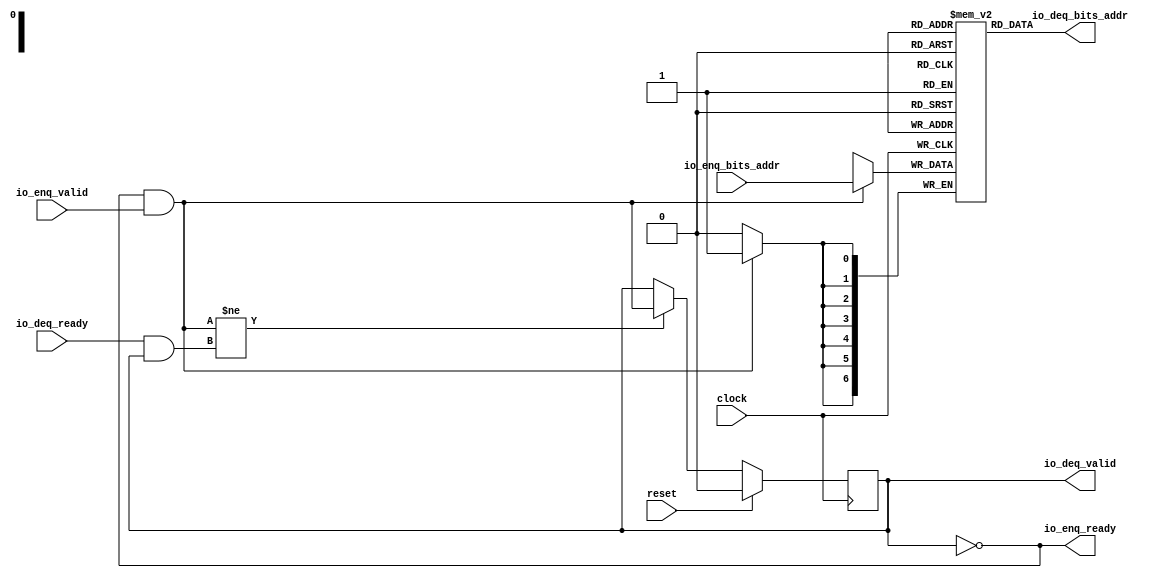
module Queue(
  input        clock,
  input        reset,
  output       io_enq_ready,
  input        io_enq_valid,
  input  [6:0] io_enq_bits_addr,
  input        io_deq_ready,
  output       io_deq_valid,
  output [6:0] io_deq_bits_addr
);
`ifdef RANDOMIZE_MEM_INIT
  reg [31:0] _RAND_0;
`endif // RANDOMIZE_MEM_INIT
`ifdef RANDOMIZE_REG_INIT
  reg [31:0] _RAND_1;
`endif // RANDOMIZE_REG_INIT
  reg [6:0] ram_addr [0:0]; // @[Decoupled.scala 275:95]
  wire  ram_addr_io_deq_bits_MPORT_en; // @[Decoupled.scala 275:95]
  wire  ram_addr_io_deq_bits_MPORT_addr; // @[Decoupled.scala 275:95]
  wire [6:0] ram_addr_io_deq_bits_MPORT_data; // @[Decoupled.scala 275:95]
  wire [6:0] ram_addr_MPORT_data; // @[Decoupled.scala 275:95]
  wire  ram_addr_MPORT_addr; // @[Decoupled.scala 275:95]
  wire  ram_addr_MPORT_mask; // @[Decoupled.scala 275:95]
  wire  ram_addr_MPORT_en; // @[Decoupled.scala 275:95]
  reg  maybe_full; // @[Decoupled.scala 278:27]
  wire  empty = ~maybe_full; // @[Decoupled.scala 280:28]
  wire  do_enq = io_enq_ready & io_enq_valid; // @[Decoupled.scala 52:35]
  wire  do_deq = io_deq_ready & io_deq_valid; // @[Decoupled.scala 52:35]
  assign ram_addr_io_deq_bits_MPORT_en = 1'h1;
  assign ram_addr_io_deq_bits_MPORT_addr = 1'h0;
  assign ram_addr_io_deq_bits_MPORT_data = ram_addr[ram_addr_io_deq_bits_MPORT_addr]; // @[Decoupled.scala 275:95]
  assign ram_addr_MPORT_data = io_enq_bits_addr;
  assign ram_addr_MPORT_addr = 1'h0;
  assign ram_addr_MPORT_mask = 1'h1;
  assign ram_addr_MPORT_en = io_enq_ready & io_enq_valid;
  assign io_enq_ready = ~maybe_full; // @[Decoupled.scala 305:19]
  assign io_deq_valid = ~empty; // @[Decoupled.scala 304:19]
  assign io_deq_bits_addr = ram_addr_io_deq_bits_MPORT_data; // @[Decoupled.scala 312:17]
  always @(posedge clock) begin
    if (ram_addr_MPORT_en & ram_addr_MPORT_mask) begin
      ram_addr[ram_addr_MPORT_addr] <= ram_addr_MPORT_data; // @[Decoupled.scala 275:95]
    end
    if (reset) begin // @[Decoupled.scala 278:27]
      maybe_full <= 1'h0; // @[Decoupled.scala 278:27]
    end else if (do_enq != do_deq) begin // @[Decoupled.scala 295:27]
      maybe_full <= do_enq; // @[Decoupled.scala 296:16]
    end
  end
// Register and memory initialization
`ifdef RANDOMIZE_GARBAGE_ASSIGN
`define RANDOMIZE
`endif
`ifdef RANDOMIZE_INVALID_ASSIGN
`define RANDOMIZE
`endif
`ifdef RANDOMIZE_REG_INIT
`define RANDOMIZE
`endif
`ifdef RANDOMIZE_MEM_INIT
`define RANDOMIZE
`endif
`ifndef RANDOM
`define RANDOM $random
`endif
`ifdef RANDOMIZE_MEM_INIT
  integer initvar;
`endif
`ifndef SYNTHESIS
`ifdef FIRRTL_BEFORE_INITIAL
`FIRRTL_BEFORE_INITIAL
`endif
initial begin
  `ifdef RANDOMIZE
    `ifdef INIT_RANDOM
      `INIT_RANDOM
    `endif
    `ifndef VERILATOR
      `ifdef RANDOMIZE_DELAY
        #`RANDOMIZE_DELAY begin end
      `else
        #0.002 begin end
      `endif
    `endif
`ifdef RANDOMIZE_MEM_INIT
  _RAND_0 = {1{`RANDOM}};
  for (initvar = 0; initvar < 1; initvar = initvar+1)
    ram_addr[initvar] = _RAND_0[6:0];
`endif // RANDOMIZE_MEM_INIT
`ifdef RANDOMIZE_REG_INIT
  _RAND_1 = {1{`RANDOM}};
  maybe_full = _RAND_1[0:0];
`endif // RANDOMIZE_REG_INIT
  `endif // RANDOMIZE
end // initial
`ifdef FIRRTL_AFTER_INITIAL
`FIRRTL_AFTER_INITIAL
`endif
`endif // SYNTHESIS
endmodule
module Queue_1(
  input         clock,
  input         reset,
  output        io_enq_ready,
  input         io_enq_valid,
  input  [63:0] io_enq_bits_data,
  input         io_deq_ready,
  output        io_deq_valid,
  output [63:0] io_deq_bits_data,
  output [1:0]  io_deq_bits_resp
);
`ifdef RANDOMIZE_MEM_INIT
  reg [63:0] _RAND_0;
  reg [31:0] _RAND_1;
`endif // RANDOMIZE_MEM_INIT
`ifdef RANDOMIZE_REG_INIT
  reg [31:0] _RAND_2;
`endif // RANDOMIZE_REG_INIT
  reg [63:0] ram_data [0:0]; // @[Decoupled.scala 275:95]
  wire  ram_data_io_deq_bits_MPORT_en; // @[Decoupled.scala 275:95]
  wire  ram_data_io_deq_bits_MPORT_addr; // @[Decoupled.scala 275:95]
  wire [63:0] ram_data_io_deq_bits_MPORT_data; // @[Decoupled.scala 275:95]
  wire [63:0] ram_data_MPORT_data; // @[Decoupled.scala 275:95]
  wire  ram_data_MPORT_addr; // @[Decoupled.scala 275:95]
  wire  ram_data_MPORT_mask; // @[Decoupled.scala 275:95]
  wire  ram_data_MPORT_en; // @[Decoupled.scala 275:95]
  reg [1:0] ram_resp [0:0]; // @[Decoupled.scala 275:95]
  wire  ram_resp_io_deq_bits_MPORT_en; // @[Decoupled.scala 275:95]
  wire  ram_resp_io_deq_bits_MPORT_addr; // @[Decoupled.scala 275:95]
  wire [1:0] ram_resp_io_deq_bits_MPORT_data; // @[Decoupled.scala 275:95]
  wire [1:0] ram_resp_MPORT_data; // @[Decoupled.scala 275:95]
  wire  ram_resp_MPORT_addr; // @[Decoupled.scala 275:95]
  wire  ram_resp_MPORT_mask; // @[Decoupled.scala 275:95]
  wire  ram_resp_MPORT_en; // @[Decoupled.scala 275:95]
  reg  maybe_full; // @[Decoupled.scala 278:27]
  wire  empty = ~maybe_full; // @[Decoupled.scala 280:28]
  wire  do_enq = io_enq_ready & io_enq_valid; // @[Decoupled.scala 52:35]
  wire  do_deq = io_deq_ready & io_deq_valid; // @[Decoupled.scala 52:35]
  assign ram_data_io_deq_bits_MPORT_en = 1'h1;
  assign ram_data_io_deq_bits_MPORT_addr = 1'h0;
  assign ram_data_io_deq_bits_MPORT_data = ram_data[ram_data_io_deq_bits_MPORT_addr]; // @[Decoupled.scala 275:95]
  assign ram_data_MPORT_data = io_enq_bits_data;
  assign ram_data_MPORT_addr = 1'h0;
  assign ram_data_MPORT_mask = 1'h1;
  assign ram_data_MPORT_en = io_enq_ready & io_enq_valid;
  assign ram_resp_io_deq_bits_MPORT_en = 1'h1;
  assign ram_resp_io_deq_bits_MPORT_addr = 1'h0;
  assign ram_resp_io_deq_bits_MPORT_data = ram_resp[ram_resp_io_deq_bits_MPORT_addr]; // @[Decoupled.scala 275:95]
  assign ram_resp_MPORT_data = 2'h0;
  assign ram_resp_MPORT_addr = 1'h0;
  assign ram_resp_MPORT_mask = 1'h1;
  assign ram_resp_MPORT_en = io_enq_ready & io_enq_valid;
  assign io_enq_ready = ~maybe_full; // @[Decoupled.scala 305:19]
  assign io_deq_valid = ~empty; // @[Decoupled.scala 304:19]
  assign io_deq_bits_data = ram_data_io_deq_bits_MPORT_data; // @[Decoupled.scala 312:17]
  assign io_deq_bits_resp = ram_resp_io_deq_bits_MPORT_data; // @[Decoupled.scala 312:17]
  always @(posedge clock) begin
    if (ram_data_MPORT_en & ram_data_MPORT_mask) begin
      ram_data[ram_data_MPORT_addr] <= ram_data_MPORT_data; // @[Decoupled.scala 275:95]
    end
    if (ram_resp_MPORT_en & ram_resp_MPORT_mask) begin
      ram_resp[ram_resp_MPORT_addr] <= ram_resp_MPORT_data; // @[Decoupled.scala 275:95]
    end
    if (reset) begin // @[Decoupled.scala 278:27]
      maybe_full <= 1'h0; // @[Decoupled.scala 278:27]
    end else if (do_enq != do_deq) begin // @[Decoupled.scala 295:27]
      maybe_full <= do_enq; // @[Decoupled.scala 296:16]
    end
  end
// Register and memory initialization
`ifdef RANDOMIZE_GARBAGE_ASSIGN
`define RANDOMIZE
`endif
`ifdef RANDOMIZE_INVALID_ASSIGN
`define RANDOMIZE
`endif
`ifdef RANDOMIZE_REG_INIT
`define RANDOMIZE
`endif
`ifdef RANDOMIZE_MEM_INIT
`define RANDOMIZE
`endif
`ifndef RANDOM
`define RANDOM $random
`endif
`ifdef RANDOMIZE_MEM_INIT
  integer initvar;
`endif
`ifndef SYNTHESIS
`ifdef FIRRTL_BEFORE_INITIAL
`FIRRTL_BEFORE_INITIAL
`endif
initial begin
  `ifdef RANDOMIZE
    `ifdef INIT_RANDOM
      `INIT_RANDOM
    `endif
    `ifndef VERILATOR
      `ifdef RANDOMIZE_DELAY
        #`RANDOMIZE_DELAY begin end
      `else
        #0.002 begin end
      `endif
    `endif
`ifdef RANDOMIZE_MEM_INIT
  _RAND_0 = {2{`RANDOM}};
  for (initvar = 0; initvar < 1; initvar = initvar+1)
    ram_data[initvar] = _RAND_0[63:0];
  _RAND_1 = {1{`RANDOM}};
  for (initvar = 0; initvar < 1; initvar = initvar+1)
    ram_resp[initvar] = _RAND_1[1:0];
`endif // RANDOMIZE_MEM_INIT
`ifdef RANDOMIZE_REG_INIT
  _RAND_2 = {1{`RANDOM}};
  maybe_full = _RAND_2[0:0];
`endif // RANDOMIZE_REG_INIT
  `endif // RANDOMIZE
end // initial
`ifdef FIRRTL_AFTER_INITIAL
`FIRRTL_AFTER_INITIAL
`endif
`endif // SYNTHESIS
endmodule
module Queue_3(
  input         clock,
  input         reset,
  output        io_enq_ready,
  input         io_enq_valid,
  input  [63:0] io_enq_bits_data,
  input  [7:0]  io_enq_bits_strb,
  input         io_deq_ready,
  output        io_deq_valid,
  output [63:0] io_deq_bits_data,
  output [7:0]  io_deq_bits_strb
);
`ifdef RANDOMIZE_MEM_INIT
  reg [63:0] _RAND_0;
  reg [31:0] _RAND_1;
`endif // RANDOMIZE_MEM_INIT
`ifdef RANDOMIZE_REG_INIT
  reg [31:0] _RAND_2;
`endif // RANDOMIZE_REG_INIT
  reg [63:0] ram_data [0:0]; // @[Decoupled.scala 275:95]
  wire  ram_data_io_deq_bits_MPORT_en; // @[Decoupled.scala 275:95]
  wire  ram_data_io_deq_bits_MPORT_addr; // @[Decoupled.scala 275:95]
  wire [63:0] ram_data_io_deq_bits_MPORT_data; // @[Decoupled.scala 275:95]
  wire [63:0] ram_data_MPORT_data; // @[Decoupled.scala 275:95]
  wire  ram_data_MPORT_addr; // @[Decoupled.scala 275:95]
  wire  ram_data_MPORT_mask; // @[Decoupled.scala 275:95]
  wire  ram_data_MPORT_en; // @[Decoupled.scala 275:95]
  reg [7:0] ram_strb [0:0]; // @[Decoupled.scala 275:95]
  wire  ram_strb_io_deq_bits_MPORT_en; // @[Decoupled.scala 275:95]
  wire  ram_strb_io_deq_bits_MPORT_addr; // @[Decoupled.scala 275:95]
  wire [7:0] ram_strb_io_deq_bits_MPORT_data; // @[Decoupled.scala 275:95]
  wire [7:0] ram_strb_MPORT_data; // @[Decoupled.scala 275:95]
  wire  ram_strb_MPORT_addr; // @[Decoupled.scala 275:95]
  wire  ram_strb_MPORT_mask; // @[Decoupled.scala 275:95]
  wire  ram_strb_MPORT_en; // @[Decoupled.scala 275:95]
  reg  maybe_full; // @[Decoupled.scala 278:27]
  wire  empty = ~maybe_full; // @[Decoupled.scala 280:28]
  wire  do_enq = io_enq_ready & io_enq_valid; // @[Decoupled.scala 52:35]
  wire  do_deq = io_deq_ready & io_deq_valid; // @[Decoupled.scala 52:35]
  assign ram_data_io_deq_bits_MPORT_en = 1'h1;
  assign ram_data_io_deq_bits_MPORT_addr = 1'h0;
  assign ram_data_io_deq_bits_MPORT_data = ram_data[ram_data_io_deq_bits_MPORT_addr]; // @[Decoupled.scala 275:95]
  assign ram_data_MPORT_data = io_enq_bits_data;
  assign ram_data_MPORT_addr = 1'h0;
  assign ram_data_MPORT_mask = 1'h1;
  assign ram_data_MPORT_en = io_enq_ready & io_enq_valid;
  assign ram_strb_io_deq_bits_MPORT_en = 1'h1;
  assign ram_strb_io_deq_bits_MPORT_addr = 1'h0;
  assign ram_strb_io_deq_bits_MPORT_data = ram_strb[ram_strb_io_deq_bits_MPORT_addr]; // @[Decoupled.scala 275:95]
  assign ram_strb_MPORT_data = io_enq_bits_strb;
  assign ram_strb_MPORT_addr = 1'h0;
  assign ram_strb_MPORT_mask = 1'h1;
  assign ram_strb_MPORT_en = io_enq_ready & io_enq_valid;
  assign io_enq_ready = ~maybe_full; // @[Decoupled.scala 305:19]
  assign io_deq_valid = ~empty; // @[Decoupled.scala 304:19]
  assign io_deq_bits_data = ram_data_io_deq_bits_MPORT_data; // @[Decoupled.scala 312:17]
  assign io_deq_bits_strb = ram_strb_io_deq_bits_MPORT_data; // @[Decoupled.scala 312:17]
  always @(posedge clock) begin
    if (ram_data_MPORT_en & ram_data_MPORT_mask) begin
      ram_data[ram_data_MPORT_addr] <= ram_data_MPORT_data; // @[Decoupled.scala 275:95]
    end
    if (ram_strb_MPORT_en & ram_strb_MPORT_mask) begin
      ram_strb[ram_strb_MPORT_addr] <= ram_strb_MPORT_data; // @[Decoupled.scala 275:95]
    end
    if (reset) begin // @[Decoupled.scala 278:27]
      maybe_full <= 1'h0; // @[Decoupled.scala 278:27]
    end else if (do_enq != do_deq) begin // @[Decoupled.scala 295:27]
      maybe_full <= do_enq; // @[Decoupled.scala 296:16]
    end
  end
// Register and memory initialization
`ifdef RANDOMIZE_GARBAGE_ASSIGN
`define RANDOMIZE
`endif
`ifdef RANDOMIZE_INVALID_ASSIGN
`define RANDOMIZE
`endif
`ifdef RANDOMIZE_REG_INIT
`define RANDOMIZE
`endif
`ifdef RANDOMIZE_MEM_INIT
`define RANDOMIZE
`endif
`ifndef RANDOM
`define RANDOM $random
`endif
`ifdef RANDOMIZE_MEM_INIT
  integer initvar;
`endif
`ifndef SYNTHESIS
`ifdef FIRRTL_BEFORE_INITIAL
`FIRRTL_BEFORE_INITIAL
`endif
initial begin
  `ifdef RANDOMIZE
    `ifdef INIT_RANDOM
      `INIT_RANDOM
    `endif
    `ifndef VERILATOR
      `ifdef RANDOMIZE_DELAY
        #`RANDOMIZE_DELAY begin end
      `else
        #0.002 begin end
      `endif
    `endif
`ifdef RANDOMIZE_MEM_INIT
  _RAND_0 = {2{`RANDOM}};
  for (initvar = 0; initvar < 1; initvar = initvar+1)
    ram_data[initvar] = _RAND_0[63:0];
  _RAND_1 = {1{`RANDOM}};
  for (initvar = 0; initvar < 1; initvar = initvar+1)
    ram_strb[initvar] = _RAND_1[7:0];
`endif // RANDOMIZE_MEM_INIT
`ifdef RANDOMIZE_REG_INIT
  _RAND_2 = {1{`RANDOM}};
  maybe_full = _RAND_2[0:0];
`endif // RANDOMIZE_REG_INIT
  `endif // RANDOMIZE
end // initial
`ifdef FIRRTL_AFTER_INITIAL
`FIRRTL_AFTER_INITIAL
`endif
`endif // SYNTHESIS
endmodule
module Queue_4(
  input        clock,
  input        reset,
  output       io_enq_ready,
  input        io_enq_valid,
  input        io_deq_ready,
  output       io_deq_valid,
  output [1:0] io_deq_bits_resp
);
`ifdef RANDOMIZE_MEM_INIT
  reg [31:0] _RAND_0;
`endif // RANDOMIZE_MEM_INIT
`ifdef RANDOMIZE_REG_INIT
  reg [31:0] _RAND_1;
`endif // RANDOMIZE_REG_INIT
  reg [1:0] ram_resp [0:0]; // @[Decoupled.scala 275:95]
  wire  ram_resp_io_deq_bits_MPORT_en; // @[Decoupled.scala 275:95]
  wire  ram_resp_io_deq_bits_MPORT_addr; // @[Decoupled.scala 275:95]
  wire [1:0] ram_resp_io_deq_bits_MPORT_data; // @[Decoupled.scala 275:95]
  wire [1:0] ram_resp_MPORT_data; // @[Decoupled.scala 275:95]
  wire  ram_resp_MPORT_addr; // @[Decoupled.scala 275:95]
  wire  ram_resp_MPORT_mask; // @[Decoupled.scala 275:95]
  wire  ram_resp_MPORT_en; // @[Decoupled.scala 275:95]
  reg  maybe_full; // @[Decoupled.scala 278:27]
  wire  empty = ~maybe_full; // @[Decoupled.scala 280:28]
  wire  do_enq = io_enq_ready & io_enq_valid; // @[Decoupled.scala 52:35]
  wire  do_deq = io_deq_ready & io_deq_valid; // @[Decoupled.scala 52:35]
  assign ram_resp_io_deq_bits_MPORT_en = 1'h1;
  assign ram_resp_io_deq_bits_MPORT_addr = 1'h0;
  assign ram_resp_io_deq_bits_MPORT_data = ram_resp[ram_resp_io_deq_bits_MPORT_addr]; // @[Decoupled.scala 275:95]
  assign ram_resp_MPORT_data = 2'h0;
  assign ram_resp_MPORT_addr = 1'h0;
  assign ram_resp_MPORT_mask = 1'h1;
  assign ram_resp_MPORT_en = io_enq_ready & io_enq_valid;
  assign io_enq_ready = ~maybe_full; // @[Decoupled.scala 305:19]
  assign io_deq_valid = ~empty; // @[Decoupled.scala 304:19]
  assign io_deq_bits_resp = ram_resp_io_deq_bits_MPORT_data; // @[Decoupled.scala 312:17]
  always @(posedge clock) begin
    if (ram_resp_MPORT_en & ram_resp_MPORT_mask) begin
      ram_resp[ram_resp_MPORT_addr] <= ram_resp_MPORT_data; // @[Decoupled.scala 275:95]
    end
    if (reset) begin // @[Decoupled.scala 278:27]
      maybe_full <= 1'h0; // @[Decoupled.scala 278:27]
    end else if (do_enq != do_deq) begin // @[Decoupled.scala 295:27]
      maybe_full <= do_enq; // @[Decoupled.scala 296:16]
    end
  end
// Register and memory initialization
`ifdef RANDOMIZE_GARBAGE_ASSIGN
`define RANDOMIZE
`endif
`ifdef RANDOMIZE_INVALID_ASSIGN
`define RANDOMIZE
`endif
`ifdef RANDOMIZE_REG_INIT
`define RANDOMIZE
`endif
`ifdef RANDOMIZE_MEM_INIT
`define RANDOMIZE
`endif
`ifndef RANDOM
`define RANDOM $random
`endif
`ifdef RANDOMIZE_MEM_INIT
  integer initvar;
`endif
`ifndef SYNTHESIS
`ifdef FIRRTL_BEFORE_INITIAL
`FIRRTL_BEFORE_INITIAL
`endif
initial begin
  `ifdef RANDOMIZE
    `ifdef INIT_RANDOM
      `INIT_RANDOM
    `endif
    `ifndef VERILATOR
      `ifdef RANDOMIZE_DELAY
        #`RANDOMIZE_DELAY begin end
      `else
        #0.002 begin end
      `endif
    `endif
`ifdef RANDOMIZE_MEM_INIT
  _RAND_0 = {1{`RANDOM}};
  for (initvar = 0; initvar < 1; initvar = initvar+1)
    ram_resp[initvar] = _RAND_0[1:0];
`endif // RANDOMIZE_MEM_INIT
`ifdef RANDOMIZE_REG_INIT
  _RAND_1 = {1{`RANDOM}};
  maybe_full = _RAND_1[0:0];
`endif // RANDOMIZE_REG_INIT
  `endif // RANDOMIZE
end // initial
`ifdef FIRRTL_AFTER_INITIAL
`FIRRTL_AFTER_INITIAL
`endif
`endif // SYNTHESIS
endmodule
module DMA(
  input         clock,
  input         reset,
  output        s_axi_ar_ready,
  input         s_axi_ar_valid,
  input  [6:0]  s_axi_ar_bits_addr,
  input         s_axi_r_ready,
  output        s_axi_r_valid,
  output [63:0] s_axi_r_bits_data,
  output [1:0]  s_axi_r_bits_resp,
  output        s_axi_aw_ready,
  input         s_axi_aw_valid,
  input  [6:0]  s_axi_aw_bits_addr,
  output        s_axi_w_ready,
  input         s_axi_w_valid,
  input  [63:0] s_axi_w_bits_data,
  input  [7:0]  s_axi_w_bits_strb,
  input         s_axi_b_ready,
  output        s_axi_b_valid,
  output [1:0]  s_axi_b_bits_resp,
  input         m_axi_ar_ready,
  output        m_axi_ar_valid,
  output [31:0] m_axi_ar_bits_addr,
  output        m_axi_r_ready,
  input         m_axi_r_valid,
  input  [63:0] m_axi_r_bits_data,
  input         m_axi_aw_ready,
  output        m_axi_aw_valid,
  output [31:0] m_axi_aw_bits_addr,
  input         m_axi_w_ready,
  output        m_axi_w_valid,
  output [63:0] m_axi_w_bits_data
);
`ifdef RANDOMIZE_REG_INIT
  reg [31:0] _RAND_0;
  reg [63:0] _RAND_1;
  reg [63:0] _RAND_2;
  reg [63:0] _RAND_3;
  reg [31:0] _RAND_4;
  reg [31:0] _RAND_5;
  reg [63:0] _RAND_6;
  reg [63:0] _RAND_7;
`endif // RANDOMIZE_REG_INIT
  wire  regBlock_rdReq__deq_clock; // @[Decoupled.scala 377:21]
  wire  regBlock_rdReq__deq_reset; // @[Decoupled.scala 377:21]
  wire  regBlock_rdReq__deq_io_enq_ready; // @[Decoupled.scala 377:21]
  wire  regBlock_rdReq__deq_io_enq_valid; // @[Decoupled.scala 377:21]
  wire [6:0] regBlock_rdReq__deq_io_enq_bits_addr; // @[Decoupled.scala 377:21]
  wire  regBlock_rdReq__deq_io_deq_ready; // @[Decoupled.scala 377:21]
  wire  regBlock_rdReq__deq_io_deq_valid; // @[Decoupled.scala 377:21]
  wire [6:0] regBlock_rdReq__deq_io_deq_bits_addr; // @[Decoupled.scala 377:21]
  wire  regBlock_rdRespQueue__clock; // @[RegisterBlock.scala 166:36]
  wire  regBlock_rdRespQueue__reset; // @[RegisterBlock.scala 166:36]
  wire  regBlock_rdRespQueue__io_enq_ready; // @[RegisterBlock.scala 166:36]
  wire  regBlock_rdRespQueue__io_enq_valid; // @[RegisterBlock.scala 166:36]
  wire [63:0] regBlock_rdRespQueue__io_enq_bits_data; // @[RegisterBlock.scala 166:36]
  wire  regBlock_rdRespQueue__io_deq_ready; // @[RegisterBlock.scala 166:36]
  wire  regBlock_rdRespQueue__io_deq_valid; // @[RegisterBlock.scala 166:36]
  wire [63:0] regBlock_rdRespQueue__io_deq_bits_data; // @[RegisterBlock.scala 166:36]
  wire [1:0] regBlock_rdRespQueue__io_deq_bits_resp; // @[RegisterBlock.scala 166:36]
  wire  regBlock_wrReq__deq_clock; // @[Decoupled.scala 377:21]
  wire  regBlock_wrReq__deq_reset; // @[Decoupled.scala 377:21]
  wire  regBlock_wrReq__deq_io_enq_ready; // @[Decoupled.scala 377:21]
  wire  regBlock_wrReq__deq_io_enq_valid; // @[Decoupled.scala 377:21]
  wire [6:0] regBlock_wrReq__deq_io_enq_bits_addr; // @[Decoupled.scala 377:21]
  wire  regBlock_wrReq__deq_io_deq_ready; // @[Decoupled.scala 377:21]
  wire  regBlock_wrReq__deq_io_deq_valid; // @[Decoupled.scala 377:21]
  wire [6:0] regBlock_wrReq__deq_io_deq_bits_addr; // @[Decoupled.scala 377:21]
  wire  regBlock_wrReqData__deq_clock; // @[Decoupled.scala 377:21]
  wire  regBlock_wrReqData__deq_reset; // @[Decoupled.scala 377:21]
  wire  regBlock_wrReqData__deq_io_enq_ready; // @[Decoupled.scala 377:21]
  wire  regBlock_wrReqData__deq_io_enq_valid; // @[Decoupled.scala 377:21]
  wire [63:0] regBlock_wrReqData__deq_io_enq_bits_data; // @[Decoupled.scala 377:21]
  wire [7:0] regBlock_wrReqData__deq_io_enq_bits_strb; // @[Decoupled.scala 377:21]
  wire  regBlock_wrReqData__deq_io_deq_ready; // @[Decoupled.scala 377:21]
  wire  regBlock_wrReqData__deq_io_deq_valid; // @[Decoupled.scala 377:21]
  wire [63:0] regBlock_wrReqData__deq_io_deq_bits_data; // @[Decoupled.scala 377:21]
  wire [7:0] regBlock_wrReqData__deq_io_deq_bits_strb; // @[Decoupled.scala 377:21]
  wire  regBlock_wrRespQueue__clock; // @[RegisterBlock.scala 174:36]
  wire  regBlock_wrRespQueue__reset; // @[RegisterBlock.scala 174:36]
  wire  regBlock_wrRespQueue__io_enq_ready; // @[RegisterBlock.scala 174:36]
  wire  regBlock_wrRespQueue__io_enq_valid; // @[RegisterBlock.scala 174:36]
  wire  regBlock_wrRespQueue__io_deq_ready; // @[RegisterBlock.scala 174:36]
  wire  regBlock_wrRespQueue__io_deq_valid; // @[RegisterBlock.scala 174:36]
  wire [1:0] regBlock_wrRespQueue__io_deq_bits_resp; // @[RegisterBlock.scala 174:36]
  wire  regBlock_rdReq__valid = regBlock_rdReq__deq_io_deq_valid; // @[Decoupled.scala 417:19 419:15]
  wire  regBlock_rdReq = regBlock_rdReq__valid & regBlock_rdRespQueue__io_enq_ready; // @[RegisterBlock.scala 220:44]
  wire [6:0] regBlock_rdReq__bits_addr = regBlock_rdReq__deq_io_deq_bits_addr; // @[Decoupled.scala 417:19 418:14]
  wire [6:0] regBlock_rdAddr = regBlock_rdReq__bits_addr & 7'h78; // @[RegisterBlock.scala 222:48]
  wire  regBlock_wrReq__valid = regBlock_wrReq__deq_io_deq_valid; // @[Decoupled.scala 417:19 419:15]
  wire  regBlock_wrReqData__valid = regBlock_wrReqData__deq_io_deq_valid; // @[Decoupled.scala 417:19 419:15]
  wire  regBlock_wrReq = regBlock_wrReq__valid & regBlock_wrReqData__valid & regBlock_wrRespQueue__io_enq_ready; // @[RegisterBlock.scala 249:63]
  wire [6:0] regBlock_wrReq__bits_addr = regBlock_wrReq__deq_io_deq_bits_addr; // @[Decoupled.scala 417:19 418:14]
  wire [6:0] regBlock_wrAddr = regBlock_wrReq__bits_addr & 7'h78; // @[RegisterBlock.scala 251:48]
  reg  status_; // @[DMA.scala 40:32]
  reg [63:0] source_; // @[DMA.scala 43:32]
  reg [63:0] destination_; // @[DMA.scala 46:37]
  reg [63:0] length_; // @[DMA.scala 49:32]
  reg [31:0] currentSource_; // @[DMA.scala 52:35]
  reg [31:0] currentDestination_; // @[DMA.scala 53:40]
  reg [63:0] currentRLength_; // @[DMA.scala 54:40]
  reg [63:0] currentWLength_; // @[DMA.scala 55:40]
  wire  paused = ~status_; // @[DMA.scala 63:24]
  wire [63:0] _GEN_0 = regBlock_wrAddr == 7'h0 ? source_ : {{32'd0}, currentSource_}; // @[DMA.scala 67:45 68:24 52:35]
  wire [63:0] _GEN_1 = regBlock_wrAddr == 7'h0 ? destination_ : {{32'd0}, currentDestination_}; // @[DMA.scala 67:45 69:29 53:40]
  wire [63:0] _GEN_2 = regBlock_wrAddr == 7'h0 ? length_ : currentRLength_; // @[DMA.scala 67:45 70:25 54:40]
  wire [63:0] _GEN_3 = regBlock_wrAddr == 7'h0 ? length_ : currentWLength_; // @[DMA.scala 67:45 71:25 55:40]
  wire  _GEN_4 = regBlock_wrAddr == 7'h0 | status_; // @[DMA.scala 67:45 72:17 40:32]
  wire [7:0] regBlock_wrReqData__bits_strb = regBlock_wrReqData__deq_io_deq_bits_strb; // @[Decoupled.scala 417:19 418:14]
  wire [63:0] regBlock_wrReqData__bits_data = regBlock_wrReqData__deq_io_deq_bits_data; // @[Decoupled.scala 417:19 418:14]
  wire [7:0] command__byte_wdata = regBlock_wrReqData__bits_data[7:0]; // @[Interface.scala 263:33]
  wire [7:0] command__byte_wdata_1 = regBlock_wrReqData__bits_data[15:8]; // @[Interface.scala 263:33]
  wire [7:0] command__byte_wdata_2 = regBlock_wrReqData__bits_data[23:16]; // @[Interface.scala 263:33]
  wire [7:0] command__byte_wdata_3 = regBlock_wrReqData__bits_data[31:24]; // @[Interface.scala 263:33]
  wire [7:0] command__byte_wdata_4 = regBlock_wrReqData__bits_data[39:32]; // @[Interface.scala 263:33]
  wire [7:0] command__byte_wdata_5 = regBlock_wrReqData__bits_data[47:40]; // @[Interface.scala 263:33]
  wire [7:0] command__byte_wdata_6 = regBlock_wrReqData__bits_data[55:48]; // @[Interface.scala 263:33]
  wire [7:0] command__byte_wdata_7 = regBlock_wrReqData__bits_data[63:56]; // @[Interface.scala 263:33]
  wire [7:0] source__byte_original = source_[7:0]; // @[Interface.scala 264:39]
  wire [7:0] _source__T_8 = regBlock_wrReqData__bits_strb[0] ? command__byte_wdata : source__byte_original; // @[Interface.scala 265:14]
  wire [7:0] source__byte_original_1 = source_[15:8]; // @[Interface.scala 264:39]
  wire [7:0] _source__T_9 = regBlock_wrReqData__bits_strb[1] ? command__byte_wdata_1 : source__byte_original_1; // @[Interface.scala 265:14]
  wire [7:0] source__byte_original_2 = source_[23:16]; // @[Interface.scala 264:39]
  wire [7:0] _source__T_10 = regBlock_wrReqData__bits_strb[2] ? command__byte_wdata_2 : source__byte_original_2; // @[Interface.scala 265:14]
  wire [7:0] source__byte_original_3 = source_[31:24]; // @[Interface.scala 264:39]
  wire [7:0] _source__T_11 = regBlock_wrReqData__bits_strb[3] ? command__byte_wdata_3 : source__byte_original_3; // @[Interface.scala 265:14]
  wire [7:0] source__byte_original_4 = source_[39:32]; // @[Interface.scala 264:39]
  wire [7:0] _source__T_12 = regBlock_wrReqData__bits_strb[4] ? command__byte_wdata_4 : source__byte_original_4; // @[Interface.scala 265:14]
  wire [7:0] source__byte_original_5 = source_[47:40]; // @[Interface.scala 264:39]
  wire [7:0] _source__T_13 = regBlock_wrReqData__bits_strb[5] ? command__byte_wdata_5 : source__byte_original_5; // @[Interface.scala 265:14]
  wire [7:0] source__byte_original_6 = source_[55:48]; // @[Interface.scala 264:39]
  wire [7:0] _source__T_14 = regBlock_wrReqData__bits_strb[6] ? command__byte_wdata_6 : source__byte_original_6; // @[Interface.scala 265:14]
  wire [7:0] source__byte_original_7 = source_[63:56]; // @[Interface.scala 264:39]
  wire [7:0] _source__T_15 = regBlock_wrReqData__bits_strb[7] ? command__byte_wdata_7 : source__byte_original_7; // @[Interface.scala 265:14]
  wire [63:0] _source__T_16 = {_source__T_15,_source__T_14,_source__T_13,_source__T_12,_source__T_11,_source__T_10,
    _source__T_9,_source__T_8}; // @[Interface.scala 268:7]
  wire [7:0] destination__byte_original = destination_[7:0]; // @[Interface.scala 264:39]
  wire [7:0] _destination__T_8 = regBlock_wrReqData__bits_strb[0] ? command__byte_wdata : destination__byte_original; // @[Interface.scala 265:14]
  wire [7:0] destination__byte_original_1 = destination_[15:8]; // @[Interface.scala 264:39]
  wire [7:0] _destination__T_9 = regBlock_wrReqData__bits_strb[1] ? command__byte_wdata_1 : destination__byte_original_1
    ; // @[Interface.scala 265:14]
  wire [7:0] destination__byte_original_2 = destination_[23:16]; // @[Interface.scala 264:39]
  wire [7:0] _destination__T_10 = regBlock_wrReqData__bits_strb[2] ? command__byte_wdata_2 :
    destination__byte_original_2; // @[Interface.scala 265:14]
  wire [7:0] destination__byte_original_3 = destination_[31:24]; // @[Interface.scala 264:39]
  wire [7:0] _destination__T_11 = regBlock_wrReqData__bits_strb[3] ? command__byte_wdata_3 :
    destination__byte_original_3; // @[Interface.scala 265:14]
  wire [7:0] destination__byte_original_4 = destination_[39:32]; // @[Interface.scala 264:39]
  wire [7:0] _destination__T_12 = regBlock_wrReqData__bits_strb[4] ? command__byte_wdata_4 :
    destination__byte_original_4; // @[Interface.scala 265:14]
  wire [7:0] destination__byte_original_5 = destination_[47:40]; // @[Interface.scala 264:39]
  wire [7:0] _destination__T_13 = regBlock_wrReqData__bits_strb[5] ? command__byte_wdata_5 :
    destination__byte_original_5; // @[Interface.scala 265:14]
  wire [7:0] destination__byte_original_6 = destination_[55:48]; // @[Interface.scala 264:39]
  wire [7:0] _destination__T_14 = regBlock_wrReqData__bits_strb[6] ? command__byte_wdata_6 :
    destination__byte_original_6; // @[Interface.scala 265:14]
  wire [7:0] destination__byte_original_7 = destination_[63:56]; // @[Interface.scala 264:39]
  wire [7:0] _destination__T_15 = regBlock_wrReqData__bits_strb[7] ? command__byte_wdata_7 :
    destination__byte_original_7; // @[Interface.scala 265:14]
  wire [63:0] _destination__T_16 = {_destination__T_15,_destination__T_14,_destination__T_13,_destination__T_12,
    _destination__T_11,_destination__T_10,_destination__T_9,_destination__T_8}; // @[Interface.scala 268:7]
  wire [7:0] length__byte_original = length_[7:0]; // @[Interface.scala 264:39]
  wire [7:0] _length__T_8 = regBlock_wrReqData__bits_strb[0] ? command__byte_wdata : length__byte_original; // @[Interface.scala 265:14]
  wire [7:0] length__byte_original_1 = length_[15:8]; // @[Interface.scala 264:39]
  wire [7:0] _length__T_9 = regBlock_wrReqData__bits_strb[1] ? command__byte_wdata_1 : length__byte_original_1; // @[Interface.scala 265:14]
  wire [7:0] length__byte_original_2 = length_[23:16]; // @[Interface.scala 264:39]
  wire [7:0] _length__T_10 = regBlock_wrReqData__bits_strb[2] ? command__byte_wdata_2 : length__byte_original_2; // @[Interface.scala 265:14]
  wire [7:0] length__byte_original_3 = length_[31:24]; // @[Interface.scala 264:39]
  wire [7:0] _length__T_11 = regBlock_wrReqData__bits_strb[3] ? command__byte_wdata_3 : length__byte_original_3; // @[Interface.scala 265:14]
  wire [7:0] length__byte_original_4 = length_[39:32]; // @[Interface.scala 264:39]
  wire [7:0] _length__T_12 = regBlock_wrReqData__bits_strb[4] ? command__byte_wdata_4 : length__byte_original_4; // @[Interface.scala 265:14]
  wire [7:0] length__byte_original_5 = length_[47:40]; // @[Interface.scala 264:39]
  wire [7:0] _length__T_13 = regBlock_wrReqData__bits_strb[5] ? command__byte_wdata_5 : length__byte_original_5; // @[Interface.scala 265:14]
  wire [7:0] length__byte_original_6 = length_[55:48]; // @[Interface.scala 264:39]
  wire [7:0] _length__T_14 = regBlock_wrReqData__bits_strb[6] ? command__byte_wdata_6 : length__byte_original_6; // @[Interface.scala 265:14]
  wire [7:0] length__byte_original_7 = length_[63:56]; // @[Interface.scala 264:39]
  wire [7:0] _length__T_15 = regBlock_wrReqData__bits_strb[7] ? command__byte_wdata_7 : length__byte_original_7; // @[Interface.scala 265:14]
  wire [63:0] _length__T_16 = {_length__T_15,_length__T_14,_length__T_13,_length__T_12,_length__T_11,_length__T_10,
    _length__T_9,_length__T_8}; // @[Interface.scala 268:7]
  wire  _T_7 = ~reset; // @[RegisterBlock.scala 208:11]
  wire [63:0] _GEN_9 = paused ? _GEN_0 : {{32'd0}, currentSource_}; // @[DMA.scala 66:18 52:35]
  wire [63:0] _GEN_10 = paused ? _GEN_1 : {{32'd0}, currentDestination_}; // @[DMA.scala 66:18 53:40]
  wire [63:0] _GEN_11 = paused ? _GEN_2 : currentRLength_; // @[DMA.scala 66:18 54:40]
  wire [63:0] _GEN_12 = paused ? _GEN_3 : currentWLength_; // @[DMA.scala 66:18 55:40]
  wire  _GEN_13 = paused ? _GEN_4 : status_; // @[DMA.scala 66:18 40:32]
  wire [63:0] _GEN_20 = regBlock_wrReq ? _GEN_9 : {{32'd0}, currentSource_}; // @[DMA.scala 65:25 52:35]
  wire [63:0] _GEN_21 = regBlock_wrReq ? _GEN_10 : {{32'd0}, currentDestination_}; // @[DMA.scala 65:25 53:40]
  wire [63:0] _GEN_22 = regBlock_wrReq ? _GEN_11 : currentRLength_; // @[DMA.scala 65:25 54:40]
  wire [63:0] _GEN_23 = regBlock_wrReq ? _GEN_12 : currentWLength_; // @[DMA.scala 65:25 55:40]
  wire  _GEN_24 = regBlock_wrReq ? _GEN_13 : status_; // @[DMA.scala 65:25 40:32]
  wire  regBlock_wrReq__ready = regBlock_wrReq & paused; // @[DMA.scala 65:25 Decoupled.scala 90:20]
  wire [63:0] _GEN_32 = 7'h8 == regBlock_rdAddr ? {{63'd0}, status_} : 64'hffffffffffffffff; // @[RegisterBlock.scala 232:38 233:16]
  wire [63:0] _GEN_33 = 7'h10 == regBlock_rdAddr ? source_ : _GEN_32; // @[RegisterBlock.scala 232:38 233:16]
  wire [63:0] _GEN_34 = 7'h18 == regBlock_rdAddr ? destination_ : _GEN_33; // @[RegisterBlock.scala 232:38 233:16]
  wire [31:0] _currentSource__T_1 = currentSource_ + 32'h4; // @[DMA.scala 98:40]
  wire [63:0] _currentRLength__T_1 = currentRLength_ - 64'h1; // @[DMA.scala 99:42]
  wire [63:0] _GEN_39 = m_axi_ar_ready & currentRLength_ != 64'h0 ? {{32'd0}, _currentSource__T_1} : _GEN_20; // @[DMA.scala 97:52 98:22]
  wire [31:0] _currentDestination__T_1 = currentDestination_ + 32'h4; // @[DMA.scala 109:50]
  wire [63:0] _currentWLength__T_1 = currentWLength_ - 64'h1; // @[DMA.scala 110:42]
  wire [63:0] _GEN_41 = m_axi_aw_ready & currentWLength_ != 64'h0 ? {{32'd0}, _currentDestination__T_1} : _GEN_21; // @[DMA.scala 108:52 109:27]
  wire  _T_22 = m_axi_r_valid & m_axi_w_ready; // @[DMA.scala 113:24]
  wire [63:0] _GEN_51 = ~paused ? _GEN_39 : _GEN_20; // @[DMA.scala 90:17]
  wire [63:0] _GEN_55 = ~paused ? _GEN_41 : _GEN_21; // @[DMA.scala 90:17]
  Queue regBlock_rdReq__deq ( // @[Decoupled.scala 377:21]
    .clock(regBlock_rdReq__deq_clock),
    .reset(regBlock_rdReq__deq_reset),
    .io_enq_ready(regBlock_rdReq__deq_io_enq_ready),
    .io_enq_valid(regBlock_rdReq__deq_io_enq_valid),
    .io_enq_bits_addr(regBlock_rdReq__deq_io_enq_bits_addr),
    .io_deq_ready(regBlock_rdReq__deq_io_deq_ready),
    .io_deq_valid(regBlock_rdReq__deq_io_deq_valid),
    .io_deq_bits_addr(regBlock_rdReq__deq_io_deq_bits_addr)
  );
  Queue_1 regBlock_rdRespQueue_ ( // @[RegisterBlock.scala 166:36]
    .clock(regBlock_rdRespQueue__clock),
    .reset(regBlock_rdRespQueue__reset),
    .io_enq_ready(regBlock_rdRespQueue__io_enq_ready),
    .io_enq_valid(regBlock_rdRespQueue__io_enq_valid),
    .io_enq_bits_data(regBlock_rdRespQueue__io_enq_bits_data),
    .io_deq_ready(regBlock_rdRespQueue__io_deq_ready),
    .io_deq_valid(regBlock_rdRespQueue__io_deq_valid),
    .io_deq_bits_data(regBlock_rdRespQueue__io_deq_bits_data),
    .io_deq_bits_resp(regBlock_rdRespQueue__io_deq_bits_resp)
  );
  Queue regBlock_wrReq__deq ( // @[Decoupled.scala 377:21]
    .clock(regBlock_wrReq__deq_clock),
    .reset(regBlock_wrReq__deq_reset),
    .io_enq_ready(regBlock_wrReq__deq_io_enq_ready),
    .io_enq_valid(regBlock_wrReq__deq_io_enq_valid),
    .io_enq_bits_addr(regBlock_wrReq__deq_io_enq_bits_addr),
    .io_deq_ready(regBlock_wrReq__deq_io_deq_ready),
    .io_deq_valid(regBlock_wrReq__deq_io_deq_valid),
    .io_deq_bits_addr(regBlock_wrReq__deq_io_deq_bits_addr)
  );
  Queue_3 regBlock_wrReqData__deq ( // @[Decoupled.scala 377:21]
    .clock(regBlock_wrReqData__deq_clock),
    .reset(regBlock_wrReqData__deq_reset),
    .io_enq_ready(regBlock_wrReqData__deq_io_enq_ready),
    .io_enq_valid(regBlock_wrReqData__deq_io_enq_valid),
    .io_enq_bits_data(regBlock_wrReqData__deq_io_enq_bits_data),
    .io_enq_bits_strb(regBlock_wrReqData__deq_io_enq_bits_strb),
    .io_deq_ready(regBlock_wrReqData__deq_io_deq_ready),
    .io_deq_valid(regBlock_wrReqData__deq_io_deq_valid),
    .io_deq_bits_data(regBlock_wrReqData__deq_io_deq_bits_data),
    .io_deq_bits_strb(regBlock_wrReqData__deq_io_deq_bits_strb)
  );
  Queue_4 regBlock_wrRespQueue_ ( // @[RegisterBlock.scala 174:36]
    .clock(regBlock_wrRespQueue__clock),
    .reset(regBlock_wrRespQueue__reset),
    .io_enq_ready(regBlock_wrRespQueue__io_enq_ready),
    .io_enq_valid(regBlock_wrRespQueue__io_enq_valid),
    .io_deq_ready(regBlock_wrRespQueue__io_deq_ready),
    .io_deq_valid(regBlock_wrRespQueue__io_deq_valid),
    .io_deq_bits_resp(regBlock_wrRespQueue__io_deq_bits_resp)
  );
  assign s_axi_ar_ready = regBlock_rdReq__deq_io_enq_ready; // @[Decoupled.scala 381:17 RegisterBlock.scala 59:20]
  assign s_axi_r_valid = regBlock_rdRespQueue__io_deq_valid; // @[RegisterBlock.scala 168:12 59:20]
  assign s_axi_r_bits_data = regBlock_rdRespQueue__io_deq_bits_data; // @[RegisterBlock.scala 168:12 59:20]
  assign s_axi_r_bits_resp = regBlock_rdRespQueue__io_deq_bits_resp; // @[RegisterBlock.scala 168:12 59:20]
  assign s_axi_aw_ready = regBlock_wrReq__deq_io_enq_ready; // @[Decoupled.scala 381:17 RegisterBlock.scala 59:20]
  assign s_axi_w_ready = regBlock_wrReqData__deq_io_enq_ready; // @[Decoupled.scala 381:17 RegisterBlock.scala 59:20]
  assign s_axi_b_valid = regBlock_wrRespQueue__io_deq_valid; // @[RegisterBlock.scala 176:12 59:20]
  assign s_axi_b_bits_resp = regBlock_wrRespQueue__io_deq_bits_resp; // @[RegisterBlock.scala 176:12 59:20]
  assign m_axi_ar_valid = ~paused; // @[DMA.scala 90:8]
  assign m_axi_ar_bits_addr = currentSource_; // @[DMA.scala 92:20 93:15]
  assign m_axi_r_ready = ~paused & _T_22; // @[DMA.scala 90:17 Decoupled.scala 90:20]
  assign m_axi_aw_valid = ~paused; // @[DMA.scala 90:8]
  assign m_axi_aw_bits_addr = currentDestination_; // @[DMA.scala 103:20 104:15]
  assign m_axi_w_valid = ~paused & _T_22; // @[DMA.scala 90:17 Decoupled.scala 90:20]
  assign m_axi_w_bits_data = m_axi_r_bits_data; // @[DMA.scala 115:22 116:17]
  assign regBlock_rdReq__deq_clock = clock;
  assign regBlock_rdReq__deq_reset = reset;
  assign regBlock_rdReq__deq_io_enq_valid = s_axi_ar_valid; // @[RegisterBlock.scala 59:20 DMA.scala 31:9]
  assign regBlock_rdReq__deq_io_enq_bits_addr = s_axi_ar_bits_addr; // @[RegisterBlock.scala 59:20 DMA.scala 31:9]
  assign regBlock_rdReq__deq_io_deq_ready = regBlock_rdReq__valid & regBlock_rdRespQueue__io_enq_ready; // @[RegisterBlock.scala 220:44]
  assign regBlock_rdRespQueue__clock = clock;
  assign regBlock_rdRespQueue__reset = reset;
  assign regBlock_rdRespQueue__io_enq_valid = regBlock_rdReq__valid & regBlock_rdRespQueue__io_enq_ready; // @[RegisterBlock.scala 220:44]
  assign regBlock_rdRespQueue__io_enq_bits_data = 7'h20 == regBlock_rdAddr ? length_ : _GEN_34; // @[RegisterBlock.scala 232:38 233:16]
  assign regBlock_rdRespQueue__io_deq_ready = s_axi_r_ready; // @[RegisterBlock.scala 59:20 DMA.scala 31:9]
  assign regBlock_wrReq__deq_clock = clock;
  assign regBlock_wrReq__deq_reset = reset;
  assign regBlock_wrReq__deq_io_enq_valid = s_axi_aw_valid; // @[RegisterBlock.scala 59:20 DMA.scala 31:9]
  assign regBlock_wrReq__deq_io_enq_bits_addr = s_axi_aw_bits_addr; // @[RegisterBlock.scala 59:20 DMA.scala 31:9]
  assign regBlock_wrReq__deq_io_deq_ready = regBlock_wrReq & paused; // @[DMA.scala 65:25 Decoupled.scala 90:20]
  assign regBlock_wrReqData__deq_clock = clock;
  assign regBlock_wrReqData__deq_reset = reset;
  assign regBlock_wrReqData__deq_io_enq_valid = s_axi_w_valid; // @[RegisterBlock.scala 59:20 DMA.scala 31:9]
  assign regBlock_wrReqData__deq_io_enq_bits_data = s_axi_w_bits_data; // @[RegisterBlock.scala 59:20 DMA.scala 31:9]
  assign regBlock_wrReqData__deq_io_enq_bits_strb = s_axi_w_bits_strb; // @[RegisterBlock.scala 59:20 DMA.scala 31:9]
  assign regBlock_wrReqData__deq_io_deq_ready = regBlock_wrReq & paused; // @[DMA.scala 65:25 Decoupled.scala 90:20]
  assign regBlock_wrRespQueue__clock = clock;
  assign regBlock_wrRespQueue__reset = reset;
  assign regBlock_wrRespQueue__io_enq_valid = regBlock_wrReq & paused; // @[DMA.scala 65:25 Decoupled.scala 90:20]
  assign regBlock_wrRespQueue__io_deq_ready = s_axi_b_ready; // @[RegisterBlock.scala 59:20 DMA.scala 31:9]
  always @(posedge clock) begin
    if (reset) begin // @[DMA.scala 40:32]
      status_ <= 1'h0; // @[DMA.scala 40:32]
    end else if (~paused) begin // @[DMA.scala 90:17]
      if (m_axi_r_valid & m_axi_w_ready) begin // @[DMA.scala 113:41]
        if (currentRLength_ == 64'h0 & currentWLength_ == 64'h0) begin // @[DMA.scala 121:63]
          status_ <= 1'h0; // @[DMA.scala 122:17]
        end else begin
          status_ <= _GEN_24;
        end
      end else begin
        status_ <= _GEN_24;
      end
    end else begin
      status_ <= _GEN_24;
    end
    if (reset) begin // @[DMA.scala 43:32]
      source_ <= 64'h0; // @[DMA.scala 43:32]
    end else if (regBlock_wrReq) begin // @[DMA.scala 65:25]
      if (paused) begin // @[DMA.scala 66:18]
        if (7'h10 == regBlock_wrAddr) begin // @[RegisterBlock.scala 260:38]
          source_ <= _source__T_16; // @[RegisterBlock.scala 118:11]
        end
      end
    end
    if (reset) begin // @[DMA.scala 46:37]
      destination_ <= 64'h0; // @[DMA.scala 46:37]
    end else if (regBlock_wrReq) begin // @[DMA.scala 65:25]
      if (paused) begin // @[DMA.scala 66:18]
        if (7'h18 == regBlock_wrAddr) begin // @[RegisterBlock.scala 260:38]
          destination_ <= _destination__T_16; // @[RegisterBlock.scala 118:11]
        end
      end
    end
    if (reset) begin // @[DMA.scala 49:32]
      length_ <= 64'h0; // @[DMA.scala 49:32]
    end else if (regBlock_wrReq) begin // @[DMA.scala 65:25]
      if (paused) begin // @[DMA.scala 66:18]
        if (7'h20 == regBlock_wrAddr) begin // @[RegisterBlock.scala 260:38]
          length_ <= _length__T_16; // @[RegisterBlock.scala 118:11]
        end
      end
    end
    currentSource_ <= _GEN_51[31:0];
    currentDestination_ <= _GEN_55[31:0];
    if (reset) begin // @[DMA.scala 54:40]
      currentRLength_ <= 64'h0; // @[DMA.scala 54:40]
    end else if (~paused) begin // @[DMA.scala 90:17]
      if (m_axi_ar_ready & currentRLength_ != 64'h0) begin // @[DMA.scala 97:52]
        currentRLength_ <= _currentRLength__T_1; // @[DMA.scala 99:23]
      end else begin
        currentRLength_ <= _GEN_22;
      end
    end else begin
      currentRLength_ <= _GEN_22;
    end
    if (reset) begin // @[DMA.scala 55:40]
      currentWLength_ <= 64'h0; // @[DMA.scala 55:40]
    end else if (~paused) begin // @[DMA.scala 90:17]
      if (m_axi_aw_ready & currentWLength_ != 64'h0) begin // @[DMA.scala 108:52]
        currentWLength_ <= _currentWLength__T_1; // @[DMA.scala 110:23]
      end else begin
        currentWLength_ <= _GEN_23;
      end
    end else begin
      currentWLength_ <= _GEN_23;
    end
    `ifndef SYNTHESIS
    `ifdef PRINTF_COND
      if (`PRINTF_COND) begin
    `endif
        if (regBlock_wrReq__ready & ~reset & ~regBlock_wrReq) begin
          $fwrite(32'h80000002,"Assertion failed\n    at RegisterBlock.scala:208 assert(wrReq)\n"); // @[RegisterBlock.scala 208:11]
        end
    `ifdef PRINTF_COND
      end
    `endif
    `endif // SYNTHESIS
    `ifndef SYNTHESIS
    `ifdef STOP_COND
      if (`STOP_COND) begin
    `endif
        if (regBlock_wrReq__ready & ~reset & ~regBlock_wrReq) begin
          $fatal; // @[RegisterBlock.scala 208:11]
        end
    `ifdef STOP_COND
      end
    `endif
    `endif // SYNTHESIS
    `ifndef SYNTHESIS
    `ifdef PRINTF_COND
      if (`PRINTF_COND) begin
    `endif
        if (regBlock_rdReq & _T_7 & ~regBlock_rdReq) begin
          $fwrite(32'h80000002,"Assertion failed\n    at RegisterBlock.scala:192 assert(rdReq)\n"); // @[RegisterBlock.scala 192:11]
        end
    `ifdef PRINTF_COND
      end
    `endif
    `endif // SYNTHESIS
    `ifndef SYNTHESIS
    `ifdef STOP_COND
      if (`STOP_COND) begin
    `endif
        if (regBlock_rdReq & _T_7 & ~regBlock_rdReq) begin
          $fatal; // @[RegisterBlock.scala 192:11]
        end
    `ifdef STOP_COND
      end
    `endif
    `endif // SYNTHESIS
  end
// Register and memory initialization
`ifdef RANDOMIZE_GARBAGE_ASSIGN
`define RANDOMIZE
`endif
`ifdef RANDOMIZE_INVALID_ASSIGN
`define RANDOMIZE
`endif
`ifdef RANDOMIZE_REG_INIT
`define RANDOMIZE
`endif
`ifdef RANDOMIZE_MEM_INIT
`define RANDOMIZE
`endif
`ifndef RANDOM
`define RANDOM $random
`endif
`ifdef RANDOMIZE_MEM_INIT
  integer initvar;
`endif
`ifndef SYNTHESIS
`ifdef FIRRTL_BEFORE_INITIAL
`FIRRTL_BEFORE_INITIAL
`endif
initial begin
  `ifdef RANDOMIZE
    `ifdef INIT_RANDOM
      `INIT_RANDOM
    `endif
    `ifndef VERILATOR
      `ifdef RANDOMIZE_DELAY
        #`RANDOMIZE_DELAY begin end
      `else
        #0.002 begin end
      `endif
    `endif
`ifdef RANDOMIZE_REG_INIT
  _RAND_0 = {1{`RANDOM}};
  status_ = _RAND_0[0:0];
  _RAND_1 = {2{`RANDOM}};
  source_ = _RAND_1[63:0];
  _RAND_2 = {2{`RANDOM}};
  destination_ = _RAND_2[63:0];
  _RAND_3 = {2{`RANDOM}};
  length_ = _RAND_3[63:0];
  _RAND_4 = {1{`RANDOM}};
  currentSource_ = _RAND_4[31:0];
  _RAND_5 = {1{`RANDOM}};
  currentDestination_ = _RAND_5[31:0];
  _RAND_6 = {2{`RANDOM}};
  currentRLength_ = _RAND_6[63:0];
  _RAND_7 = {2{`RANDOM}};
  currentWLength_ = _RAND_7[63:0];
`endif // RANDOMIZE_REG_INIT
  `endif // RANDOMIZE
end // initial
`ifdef FIRRTL_AFTER_INITIAL
`FIRRTL_AFTER_INITIAL
`endif
`endif // SYNTHESIS
endmodule
module DMA_Wrapped(
  input         clock,
  input         reset,
  output        S_AXI_ARREADY,
  input         S_AXI_ARVALID,
  input  [6:0]  S_AXI_ARADDR,
  input  [2:0]  S_AXI_ARPROT,
  input         S_AXI_RREADY,
  output        S_AXI_RVALID,
  output [63:0] S_AXI_RDATA,
  output [1:0]  S_AXI_RRESP,
  output        S_AXI_AWREADY,
  input         S_AXI_AWVALID,
  input  [6:0]  S_AXI_AWADDR,
  input  [2:0]  S_AXI_AWPROT,
  output        S_AXI_WREADY,
  input         S_AXI_WVALID,
  input  [63:0] S_AXI_WDATA,
  input  [7:0]  S_AXI_WSTRB,
  input         S_AXI_BREADY,
  output        S_AXI_BVALID,
  output [1:0]  S_AXI_BRESP,
  input         M_AXI_ARREADY,
  output        M_AXI_ARVALID,
  output [31:0] M_AXI_ARADDR,
  output [2:0]  M_AXI_ARPROT,
  output        M_AXI_RREADY,
  input         M_AXI_RVALID,
  input  [63:0] M_AXI_RDATA,
  input  [1:0]  M_AXI_RRESP,
  input         M_AXI_AWREADY,
  output        M_AXI_AWVALID,
  output [31:0] M_AXI_AWADDR,
  output [2:0]  M_AXI_AWPROT,
  input         M_AXI_WREADY,
  output        M_AXI_WVALID,
  output [63:0] M_AXI_WDATA,
  output [7:0]  M_AXI_WSTRB,
  output        M_AXI_BREADY,
  input         M_AXI_BVALID,
  input  [1:0]  M_AXI_BRESP
);
  wire  device_clock; // @[DMA.scala 134:30]
  wire  device_reset; // @[DMA.scala 134:30]
  wire  device_s_axi_ar_ready; // @[DMA.scala 134:30]
  wire  device_s_axi_ar_valid; // @[DMA.scala 134:30]
  wire [6:0] device_s_axi_ar_bits_addr; // @[DMA.scala 134:30]
  wire  device_s_axi_r_ready; // @[DMA.scala 134:30]
  wire  device_s_axi_r_valid; // @[DMA.scala 134:30]
  wire [63:0] device_s_axi_r_bits_data; // @[DMA.scala 134:30]
  wire [1:0] device_s_axi_r_bits_resp; // @[DMA.scala 134:30]
  wire  device_s_axi_aw_ready; // @[DMA.scala 134:30]
  wire  device_s_axi_aw_valid; // @[DMA.scala 134:30]
  wire [6:0] device_s_axi_aw_bits_addr; // @[DMA.scala 134:30]
  wire  device_s_axi_w_ready; // @[DMA.scala 134:30]
  wire  device_s_axi_w_valid; // @[DMA.scala 134:30]
  wire [63:0] device_s_axi_w_bits_data; // @[DMA.scala 134:30]
  wire [7:0] device_s_axi_w_bits_strb; // @[DMA.scala 134:30]
  wire  device_s_axi_b_ready; // @[DMA.scala 134:30]
  wire  device_s_axi_b_valid; // @[DMA.scala 134:30]
  wire [1:0] device_s_axi_b_bits_resp; // @[DMA.scala 134:30]
  wire  device_m_axi_ar_ready; // @[DMA.scala 134:30]
  wire  device_m_axi_ar_valid; // @[DMA.scala 134:30]
  wire [31:0] device_m_axi_ar_bits_addr; // @[DMA.scala 134:30]
  wire  device_m_axi_r_ready; // @[DMA.scala 134:30]
  wire  device_m_axi_r_valid; // @[DMA.scala 134:30]
  wire [63:0] device_m_axi_r_bits_data; // @[DMA.scala 134:30]
  wire  device_m_axi_aw_ready; // @[DMA.scala 134:30]
  wire  device_m_axi_aw_valid; // @[DMA.scala 134:30]
  wire [31:0] device_m_axi_aw_bits_addr; // @[DMA.scala 134:30]
  wire  device_m_axi_w_ready; // @[DMA.scala 134:30]
  wire  device_m_axi_w_valid; // @[DMA.scala 134:30]
  wire [63:0] device_m_axi_w_bits_data; // @[DMA.scala 134:30]
  DMA device ( // @[DMA.scala 134:30]
    .clock(device_clock),
    .reset(device_reset),
    .s_axi_ar_ready(device_s_axi_ar_ready),
    .s_axi_ar_valid(device_s_axi_ar_valid),
    .s_axi_ar_bits_addr(device_s_axi_ar_bits_addr),
    .s_axi_r_ready(device_s_axi_r_ready),
    .s_axi_r_valid(device_s_axi_r_valid),
    .s_axi_r_bits_data(device_s_axi_r_bits_data),
    .s_axi_r_bits_resp(device_s_axi_r_bits_resp),
    .s_axi_aw_ready(device_s_axi_aw_ready),
    .s_axi_aw_valid(device_s_axi_aw_valid),
    .s_axi_aw_bits_addr(device_s_axi_aw_bits_addr),
    .s_axi_w_ready(device_s_axi_w_ready),
    .s_axi_w_valid(device_s_axi_w_valid),
    .s_axi_w_bits_data(device_s_axi_w_bits_data),
    .s_axi_w_bits_strb(device_s_axi_w_bits_strb),
    .s_axi_b_ready(device_s_axi_b_ready),
    .s_axi_b_valid(device_s_axi_b_valid),
    .s_axi_b_bits_resp(device_s_axi_b_bits_resp),
    .m_axi_ar_ready(device_m_axi_ar_ready),
    .m_axi_ar_valid(device_m_axi_ar_valid),
    .m_axi_ar_bits_addr(device_m_axi_ar_bits_addr),
    .m_axi_r_ready(device_m_axi_r_ready),
    .m_axi_r_valid(device_m_axi_r_valid),
    .m_axi_r_bits_data(device_m_axi_r_bits_data),
    .m_axi_aw_ready(device_m_axi_aw_ready),
    .m_axi_aw_valid(device_m_axi_aw_valid),
    .m_axi_aw_bits_addr(device_m_axi_aw_bits_addr),
    .m_axi_w_ready(device_m_axi_w_ready),
    .m_axi_w_valid(device_m_axi_w_valid),
    .m_axi_w_bits_data(device_m_axi_w_bits_data)
  );
  assign S_AXI_ARREADY = device_s_axi_ar_ready; // @[DMA.scala 139:16]
  assign S_AXI_RVALID = device_s_axi_r_valid; // @[DMA.scala 139:16]
  assign S_AXI_RDATA = device_s_axi_r_bits_data; // @[DMA.scala 139:16]
  assign S_AXI_RRESP = device_s_axi_r_bits_resp; // @[DMA.scala 139:16]
  assign S_AXI_AWREADY = device_s_axi_aw_ready; // @[DMA.scala 139:16]
  assign S_AXI_WREADY = device_s_axi_w_ready; // @[DMA.scala 139:16]
  assign S_AXI_BVALID = device_s_axi_b_valid; // @[DMA.scala 139:16]
  assign S_AXI_BRESP = device_s_axi_b_bits_resp; // @[DMA.scala 139:16]
  assign M_AXI_ARVALID = device_m_axi_ar_valid; // @[DMA.scala 140:16]
  assign M_AXI_ARADDR = device_m_axi_ar_bits_addr; // @[DMA.scala 140:16]
  assign M_AXI_ARPROT = 3'h0; // @[DMA.scala 140:16]
  assign M_AXI_RREADY = device_m_axi_r_ready; // @[DMA.scala 140:16]
  assign M_AXI_AWVALID = device_m_axi_aw_valid; // @[DMA.scala 140:16]
  assign M_AXI_AWADDR = device_m_axi_aw_bits_addr; // @[DMA.scala 140:16]
  assign M_AXI_AWPROT = 3'h0; // @[DMA.scala 140:16]
  assign M_AXI_WVALID = device_m_axi_w_valid; // @[DMA.scala 140:16]
  assign M_AXI_WDATA = device_m_axi_w_bits_data; // @[DMA.scala 140:16]
  assign M_AXI_WSTRB = 8'hff; // @[DMA.scala 140:16]
  assign M_AXI_BREADY = 1'h1; // @[DMA.scala 140:16]
  assign device_clock = clock;
  assign device_reset = reset;
  assign device_s_axi_ar_valid = S_AXI_ARVALID; // @[DMA.scala 139:16]
  assign device_s_axi_ar_bits_addr = S_AXI_ARADDR; // @[DMA.scala 139:16]
  assign device_s_axi_r_ready = S_AXI_RREADY; // @[DMA.scala 139:16]
  assign device_s_axi_aw_valid = S_AXI_AWVALID; // @[DMA.scala 139:16]
  assign device_s_axi_aw_bits_addr = S_AXI_AWADDR; // @[DMA.scala 139:16]
  assign device_s_axi_w_valid = S_AXI_WVALID; // @[DMA.scala 139:16]
  assign device_s_axi_w_bits_data = S_AXI_WDATA; // @[DMA.scala 139:16]
  assign device_s_axi_w_bits_strb = S_AXI_WSTRB; // @[DMA.scala 139:16]
  assign device_s_axi_b_ready = S_AXI_BREADY; // @[DMA.scala 139:16]
  assign device_m_axi_ar_ready = M_AXI_ARREADY; // @[DMA.scala 140:16]
  assign device_m_axi_r_valid = M_AXI_RVALID; // @[DMA.scala 140:16]
  assign device_m_axi_r_bits_data = M_AXI_RDATA; // @[DMA.scala 140:16]
  assign device_m_axi_aw_ready = M_AXI_AWREADY; // @[DMA.scala 140:16]
  assign device_m_axi_w_ready = M_AXI_WREADY; // @[DMA.scala 140:16]
endmodule